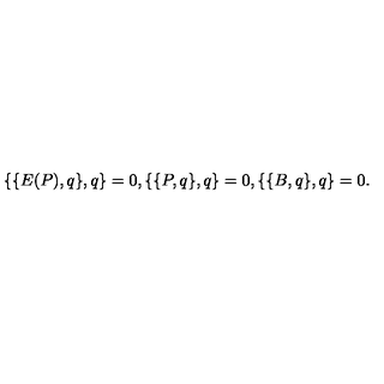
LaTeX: \{ \{ E ( P ) , q \} , q \} = 0 , \{ \{ P , q \} , q \} = 0 , \{ \{ B , q \} , q \} = 0 .